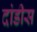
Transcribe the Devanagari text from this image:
दांडीस